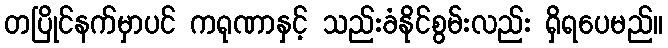
တပြိုင်နက်မှာပင် ကရုဏာနှင့် သည်းခံနိုင်စွမ်းလည်း ရှိရပေမည်။